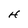
Character: H